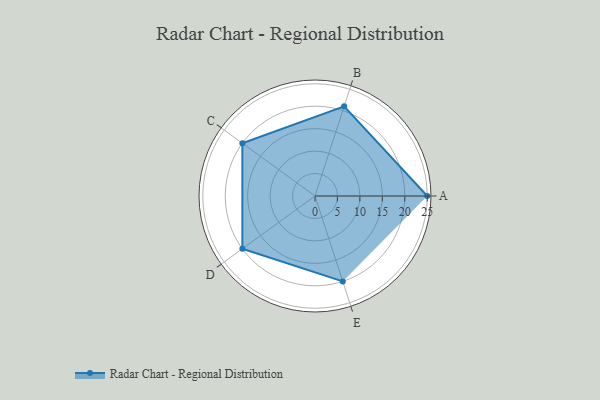
{"axis": {"x": "Skill", "y": "Score"}, "legend": ["Profile"], "data": [{"x": "A", "y": 25.0, "type": "Profile"}, {"x": "B", "y": 21.0, "type": "Profile"}, {"x": "C", "y": 20, "type": "Profile"}, {"x": "D", "y": 20, "type": "Profile"}, {"x": "E", "y": 20, "type": "Profile"}]}